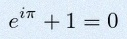
e^{i\pi}+1=0